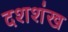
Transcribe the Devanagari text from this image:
दशशंख